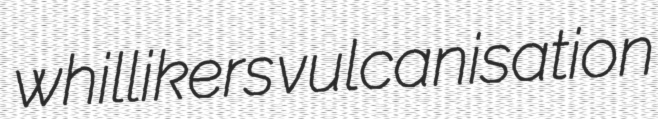
whillikers vulcanisation